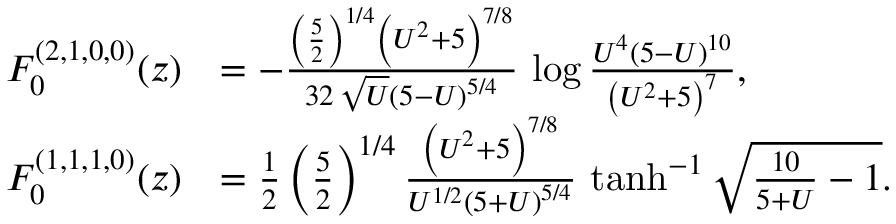
\begin{array} { r l } { F _ { 0 } ^ { ( 2 , 1 , 0 , 0 ) } ( z ) } & { = - \frac { \left( \frac { 5 } { 2 } \right) ^ { 1 / 4 } \left( U ^ { 2 } + 5 \right) ^ { 7 / 8 } } { 3 2 \, \sqrt { U } \left( 5 - U \right) ^ { 5 / 4 } } \, \log \frac { U ^ { 4 } \left( 5 - U \right) ^ { 1 0 } } { \left( U ^ { 2 } + 5 \right) ^ { 7 } } , } \\ { F _ { 0 } ^ { ( 1 , 1 , 1 , 0 ) } ( z ) } & { = \frac { 1 } { 2 } \left( \frac { 5 } { 2 } \right) ^ { 1 / 4 } \frac { \left( U ^ { 2 } + 5 \right) ^ { 7 / 8 } } { U ^ { 1 / 2 } \left( 5 + U \right) ^ { 5 / 4 } } \, \operatorname { t a n h } ^ { - 1 } \sqrt { \frac { 1 0 } { 5 + U } - 1 } . } \end{array}